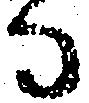
ひ